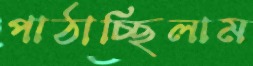
পাঠাচ্ছিলাম